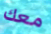
معك